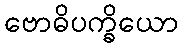
ဗောဓိပက္ခိယော